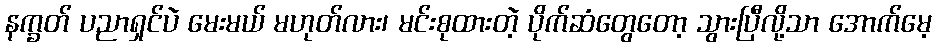
နက္ခတ် ပညာရှင်ပဲ မေးမယ် မဟုတ်လား၊ မင်းစုထားတဲ့ ပိုက်ဆံတွေတော့ သွားပြီလို့သာ အောက်မေ့